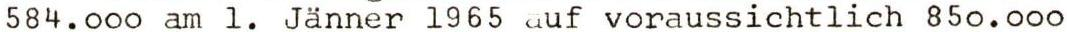
584.000 am 1. Jänner 1965 auf voraussichtlich 850.000